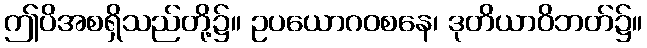
ဤပိအစရှိသည်တို့၌။ ဥပယောဂဝစနေ၊ ဒုတိယာဝိဘတ်၌။